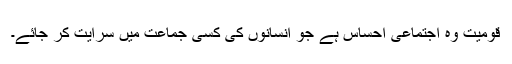
قومیت وہ اجتماعی احساس ہے جو انسانوں کی کسی جماعت میں سرایت کر جائے۔